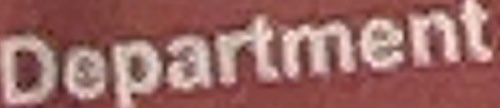
Department